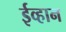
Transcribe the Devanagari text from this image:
ईव्हान